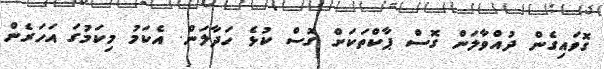
ގޮވައިގެން ދުއްވާލަން ގޮސް ޕާކްތަކަށް ގޮސް ކުޅެ ހަދާލަން. އެކަމު މިކަމުގަ އަހަރެން